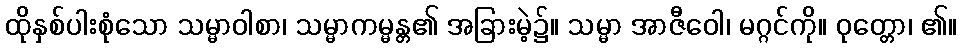
ထိုနှစ်ပါးစုံသော သမ္မာဝါစာ၊ သမ္မာကမ္မန္တ၏ အခြားမဲ့၌။ သမ္မာ အာဇီဝေါ၊ မဂ္ဂင်ကို။ ဝုတ္တော၊ ၏။